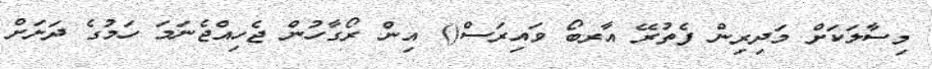
މިސާލަކަށް މަދިރިން ފެތުރޭ އާރބޯ ވައިރަސް() އިން ރޯގާހުން ޖެހިއްޖެނަމަ ހަމުގެ ދަށަށް